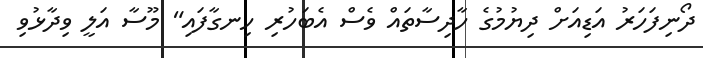
ދޯނިފަހަރު އަޑިއަށް ދިޔުމުގެ ހާދިސާތައް ވެސް އެބަހުރި ހިނގާފައި" މޫސާ އަލީ ވިދާޅުވި